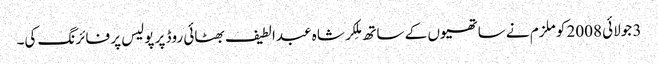
3 جولائی 2008 کو ملزم نے ساتھیوں کے ساتھ مِلکر شاہ عبدالطیف بھٹائی روڈ پر پولیس پر فائرنگ کی۔